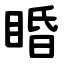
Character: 睧